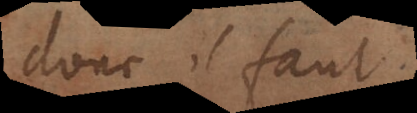
donc il faut